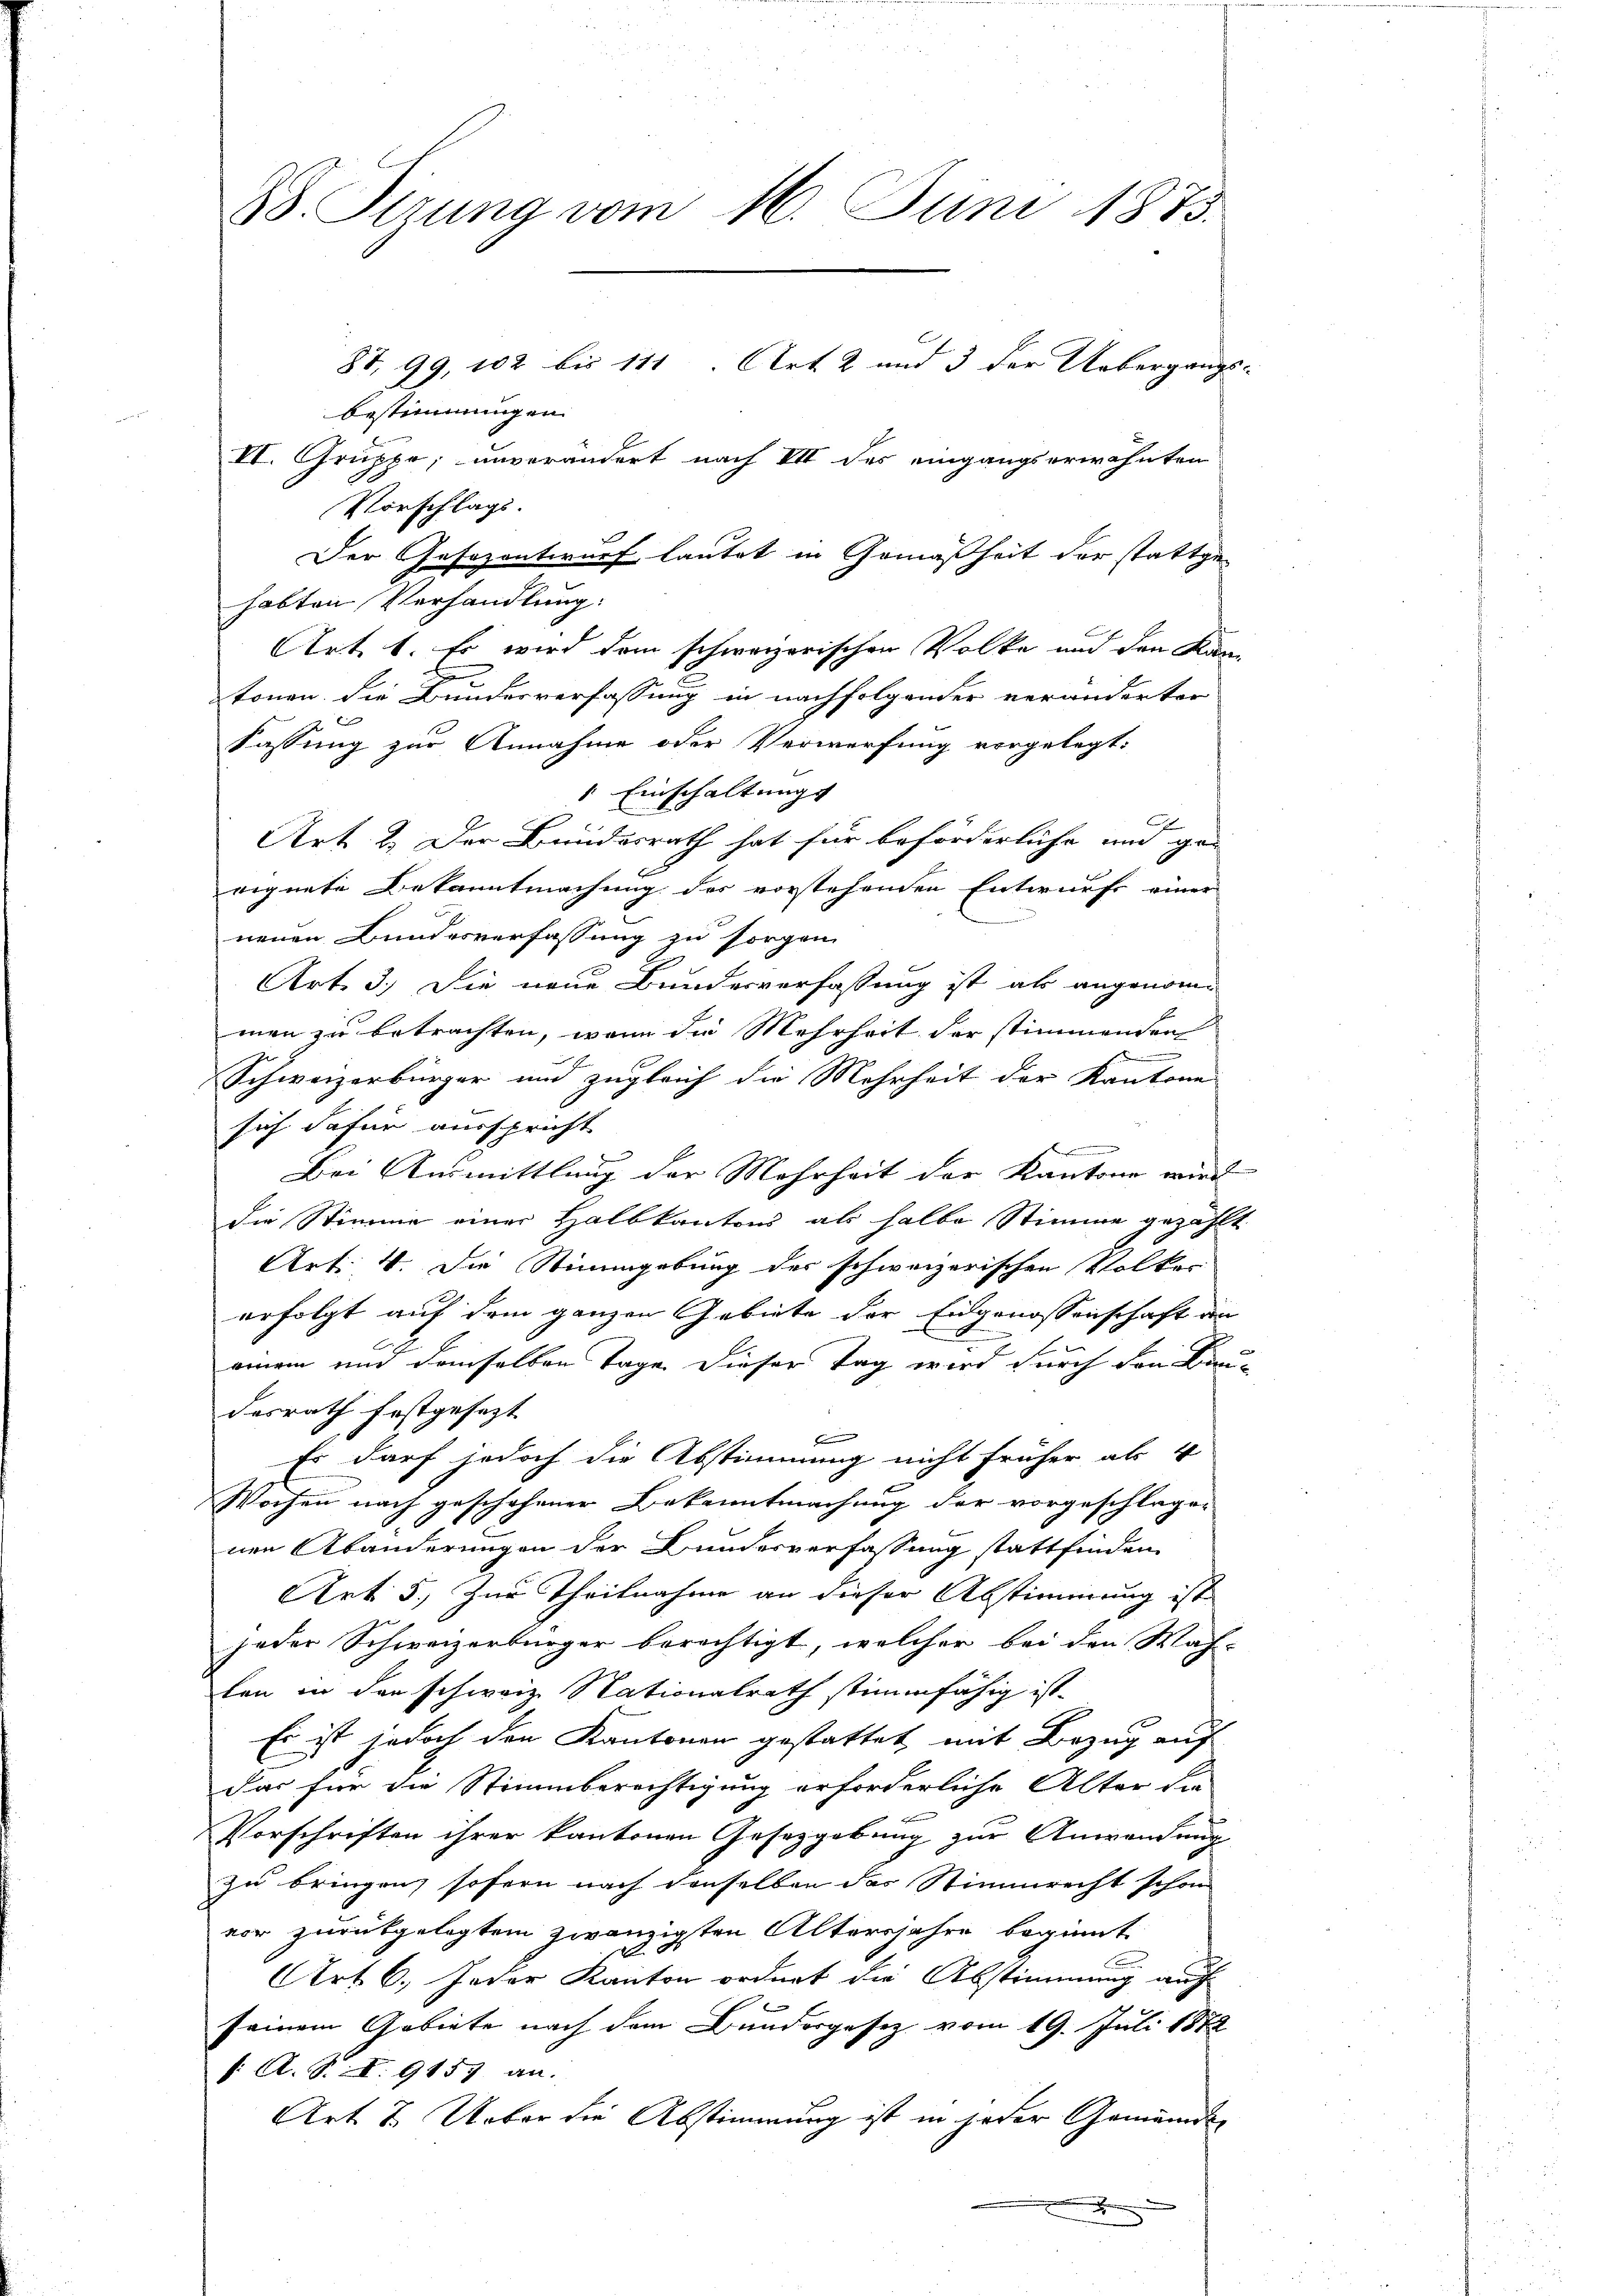
B. Sizung vom 16. Juni 1873.
87, 99, 102 bis 111 Art. 2 und 3 der Uebergangs-
bestimmungen.
VI. Gruppe, unverändert nach VII des eingangserwähnten

Vorschlags.
Der Gesezentwurf lautet in Gemäßheit der stattge-
habten Verhandlung:
Art. 1. Es wird dem schweizerischen Volke und den Kan
tonen. Die Bundesverfassung in nachfolgender veränderter

Fassung zur Annahme oder Verwerfung vorgelegt:
 Einschaltung
Art. 2. Der Bundesrath hat für beförderliche und ge-
eignete Bekanntmachung des vorstehenden Entwurfe einer
neuen Bundesverfassung zu sorgen.
Art. 3.) Die neue Bundesverfassung ist als angenommen zu betrachten, wenn die Mehrheit der stimmenden
.
Schweizerbürger und zugleich die Mehrheit der Kantone
sich dafür ausspricht
Be
Bei Ausmittlung der Mehrheit der Kantone wird
die Stimme einer Halbkantons als halbe Stimme gezählt
Art: 4. Die Stimmgebung der schweizerischen Volker
erfolgt auf dem ganzen Gebiete der Eidgenossenschaft an
E
einem und demselben Tage. Dieser Tag wird durch den Ka-
desrath festgesezt
B
Es darf jedoch die Abstimmung nicht früher als 4
Wochen nach geschehener Bekanntmachung der vorgeschlagen
nen Abänderungen der Bundesverfassung stattfinden
Art. 5, Zur Theilnahme an dieser Abstimmung ist
jeder Schweizerbürger berechtigt, welcher bei den Wah-
ten in den schweiz. Nationalrath stimmfähig ist.
Es ist jedoch den Kantonen gestattet, mit Bezug auf
Das für die Stimmberechtigung erforderliche Alter die
Vorschriften ihrer kantonen Gesetzgebung zur Anwendung
zu bringen, sofern nach denselben das Stimmrecht schon
vor zurükgelegtem zwanzigsten Altersjahre beginnt.
Art. 6. Jeder Kanton ordnet die Abstimmung auch
seinem Gebiete nach dem Bundergesez vom 19. Juli 1872
/: A. S. X. 9157 an.
Art. 7. Ueber die Abstimmung ist in jeder Gemeindsx